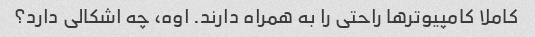
کاملا کامپیوترها راحتی را به همراه دارند. اوه، چه اشکالی دارد؟